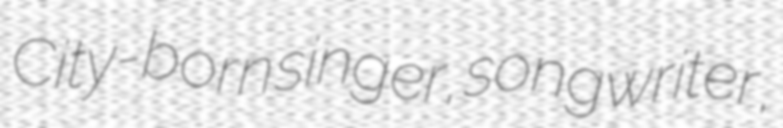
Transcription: City-born singer, songwriter,